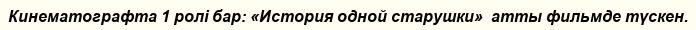
Кинематографта 1 ролі бар: «История одной старушки»  атты фильмде түскен.